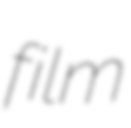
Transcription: film